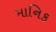
માનિક